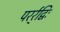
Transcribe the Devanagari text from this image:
परर्र्द्विः